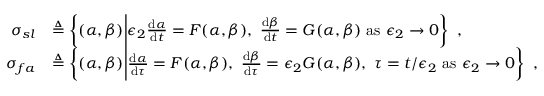
\begin{array} { r l } { \sigma _ { s l } } & { \triangleq \left\{ ( \alpha , \beta ) \bigg | \epsilon _ { 2 } \frac { \mathrm { d } \alpha } { \mathrm { d } t } = F ( \alpha , \beta ) , ~ \frac { \mathrm { d } \beta } { \mathrm { d } t } = G ( \alpha , \beta ) ~ \mathrm { a s } ~ \epsilon _ { 2 } \to 0 \right\} \ , } \\ { \sigma _ { f a } } & { \triangleq \left\{ ( \alpha , \beta ) \bigg | \frac { \mathrm { d } \alpha } { \mathrm { d } \tau } = F ( \alpha , \beta ) , ~ \frac { \mathrm { d } \beta } { \mathrm { d } \tau } = \epsilon _ { 2 } G ( \alpha , \beta ) , ~ \tau = t / \epsilon _ { 2 } ~ \mathrm { a s } ~ \epsilon _ { 2 } \to 0 \right\} \ , } \end{array}